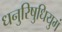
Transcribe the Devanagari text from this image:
धनुरिषुधियुगं